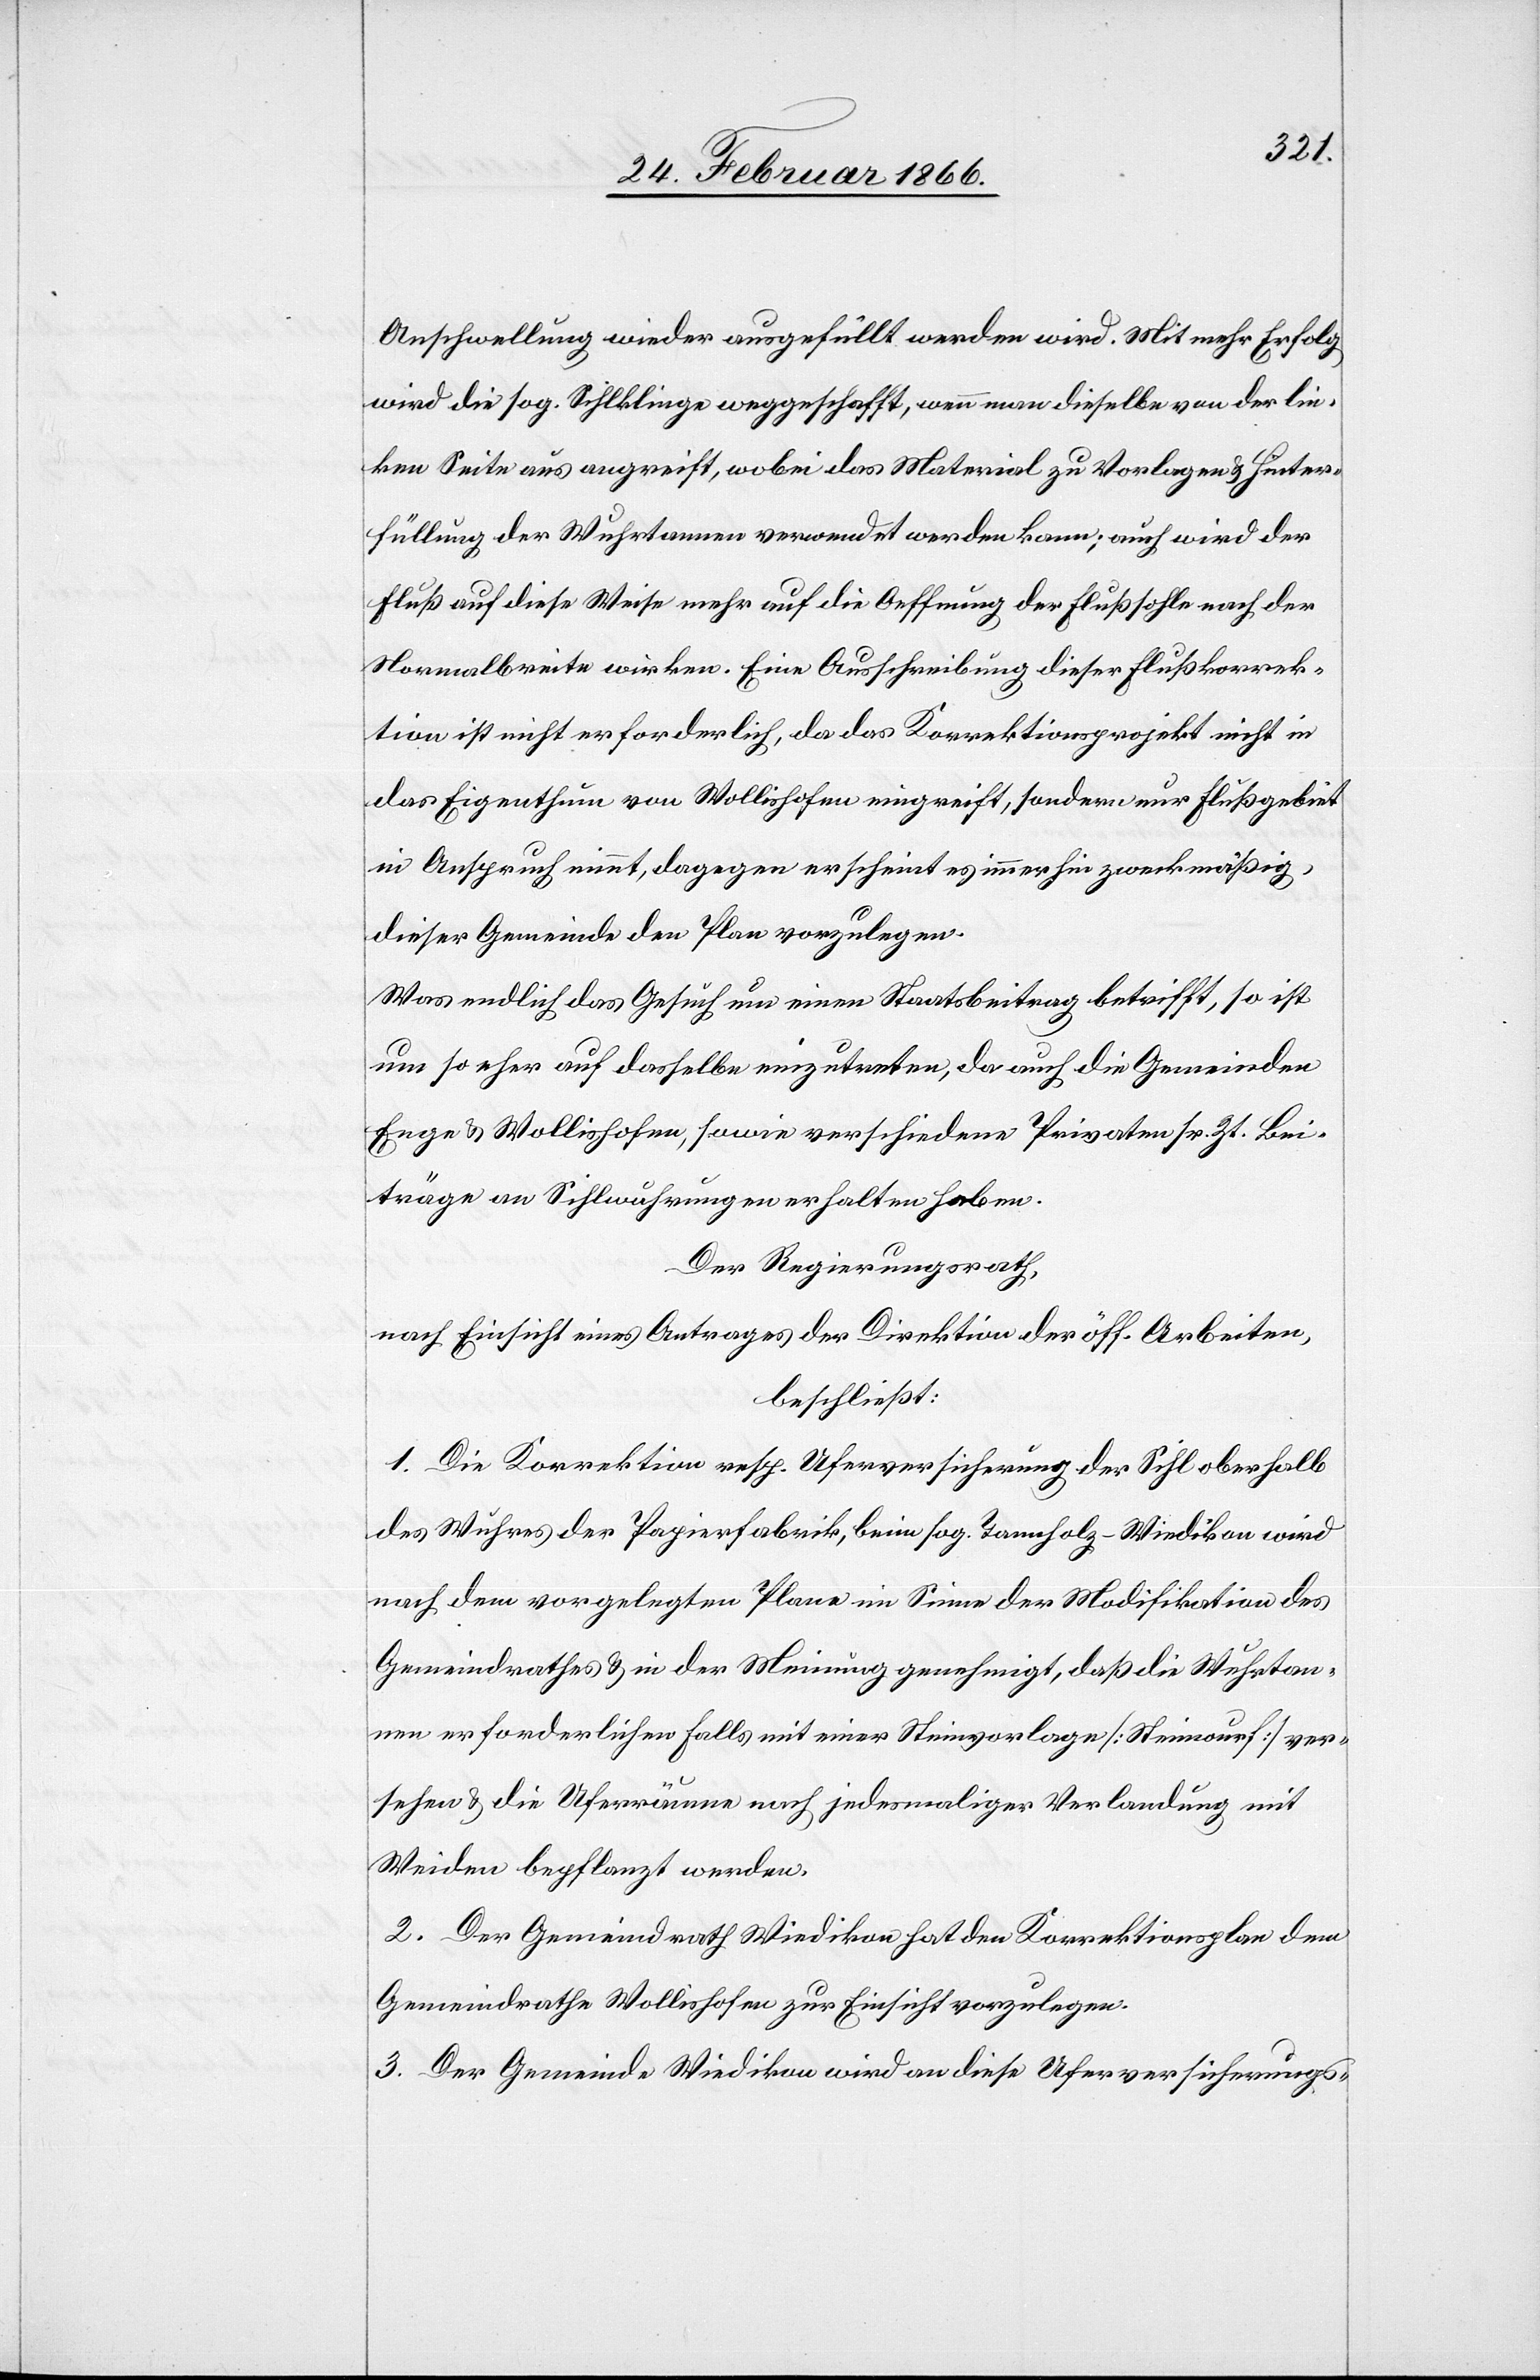
Anschwellung wieder ausgefüllt werden wird. Mit mehr Erfolg
wird die sog. Sihlklinge weggeschafft, wenn man dieselbe von der lin¬
ken Seite aus angreift, wobei das Material zu Vorlegen u. Hinter¬
füllung der Wuhrtannen verwendet werden kann; auch wird der
Fluß auf diese Weise mehr auf die Oeffnung der Flußsohle nach der
Normalbreite wirken. Eine Ausschreibung dieser Flußkorrek¬
tion ist nicht erforderlich, da das Korrektionsprojekt nicht in
das Eigenthum von Wollishofen eingreift, sondern nur Flußgebiet
in Anspruch nimmt, dagegen erscheint es immerhin zweckmäßig,
dieser Gemeinde den Plan vorzulegen.
Was endlich das Gesuch um einen Staatsbeitrag betrifft, so ist
um so mehr auf dasselbe einzutreten, da auch die Gemeinden
Enge u. Wollishofen, sowie verschiedene Privaten sr. Zt. Bei¬
träge an Sihlwuhrungen erhalten haben.
Der Regierungsrath,
nach Einsicht eines Antrages der Direktion der öff. Arbeiten,
beschließt:
1. Die Korrektion resp. Uferversicherung der Sihl oberhalb
des Wuhres der Papierfabrik, beim sog. Tannholz–Wiedikon wird
nach dem vorgelegten Plane im Sinne der Modifikation des
Gemeindrathes u. in der Meinung genehmigt, daß die Wuhrtan¬
nen erforderlichen Falls mit einer Steinvorlage [Steinwurf] ver¬
sehen u. die Uferräume nach jedesmaliger Verlandung mit
Weiden bepflanzt werden.
2. Der Gemeindrath Wiedikon hat den Korrektionsplan dem
Gemeindrathe Wollishofen zur Einsicht vorzulegen.
3. Der Gemeinde Wiedikon wird an diese Uferversicherungs-